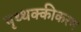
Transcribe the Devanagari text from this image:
पृथ्थक्कीकरण